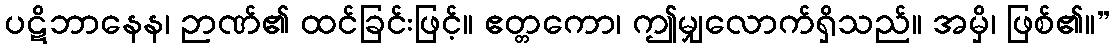
ပဋိဘာနေန၊ ဉာဏ်၏ ထင်ခြင်းဖြင့်။ ဧတ္တကော၊ ဤမျှလောက်ရှိသည်။ အမှိ၊ ဖြစ်၏။”